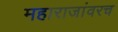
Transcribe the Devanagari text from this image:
महाराजांवरच